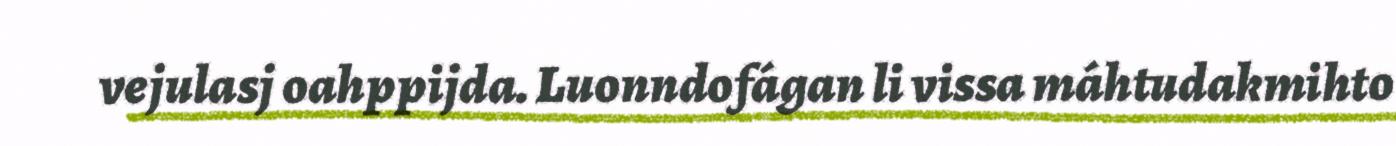
vejulasj oahppijda. Luonndofágan li vissa máhtudakmihto